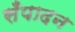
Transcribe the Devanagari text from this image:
सँपादन